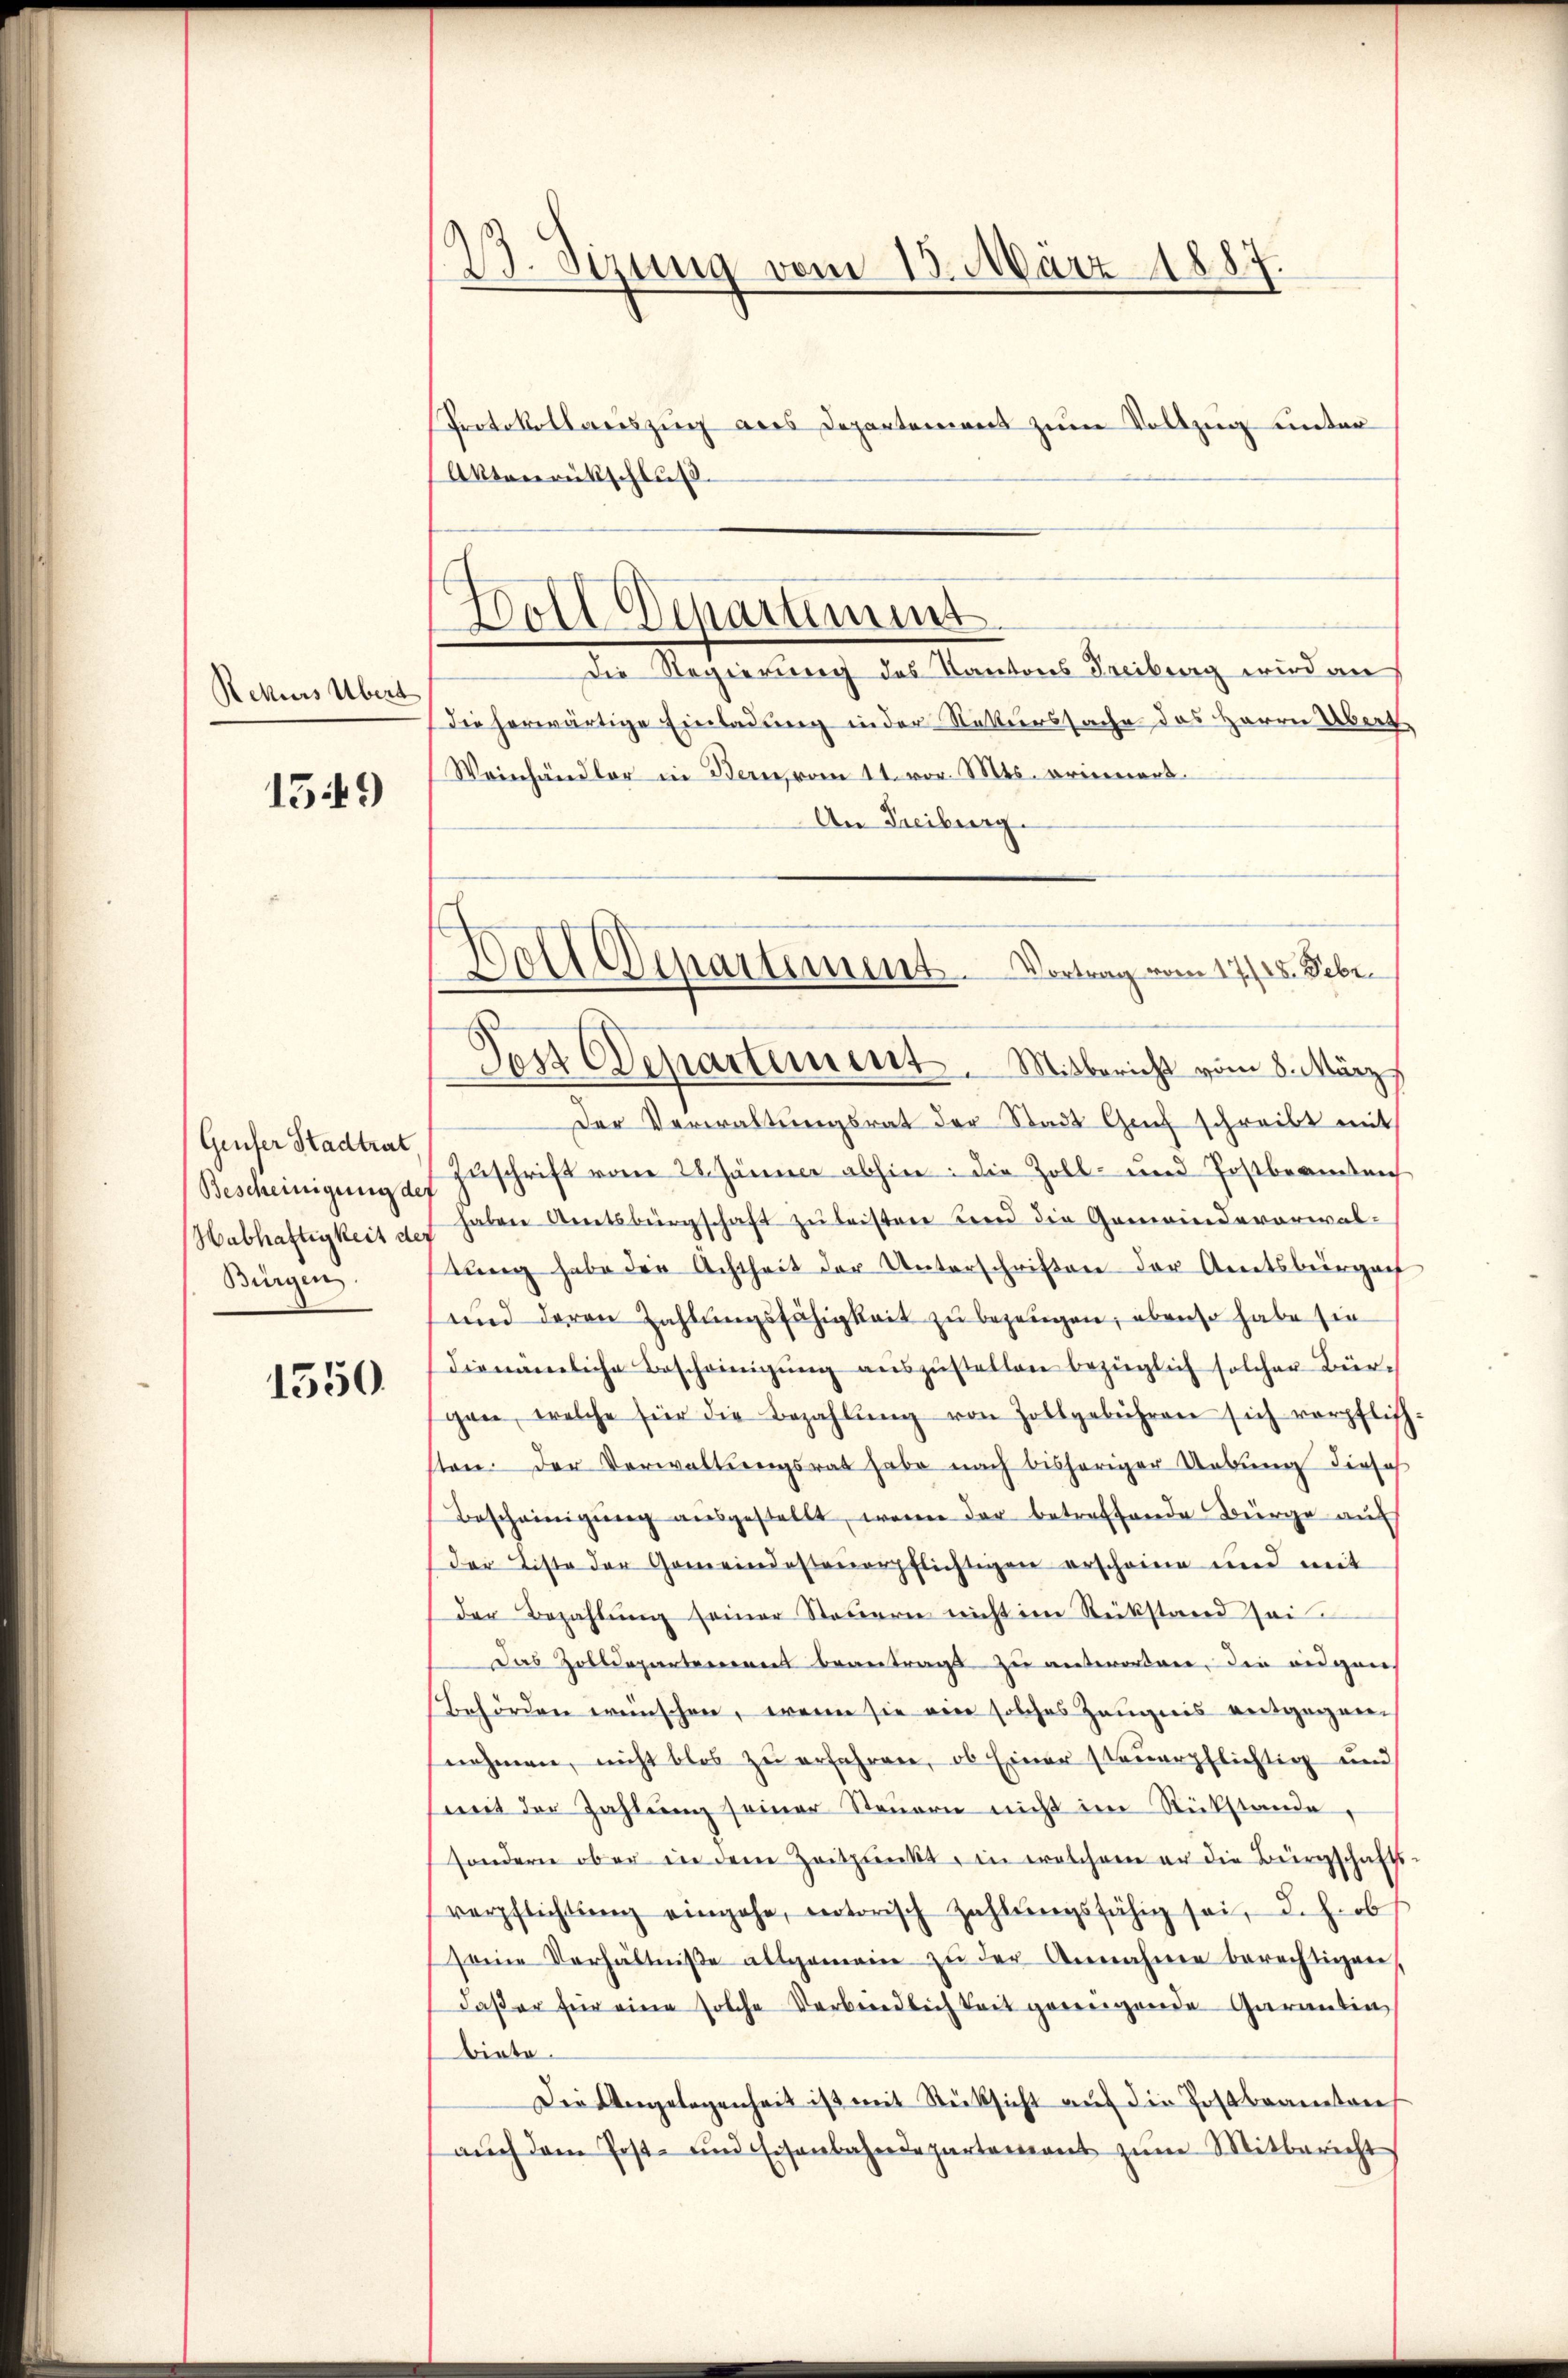
Rekurs Übert

1549

Geuser Stadtrat.
Bescheinigung des
Bürgen.

1550

13. Sizung vom 15. März 1887
¬

Protokollauszug aus Departement zum Vollzug unter
Aktverrückschluß.
Die Regierung des Kantons Freiberg wird an
Die herwärtige Einladung in der Rekurssache das Herrn Übert
Weinhändler in Bern, vom 11. vor. Mts. erinnert.
An Freiburg.
Des Departement. Mitbericht vom 8. März
Der Verwaltungsrat der Stadt Genf schreibt mit
Zuschrift vom 28. Jänner abhin: die Zoll- und Postbeamten
Habhaftigkeit u. haben Amtsbürgschaft zu leisten und die Gemeindevorwalstung habe die Achtheit der Unterschriften der Amtsbürger
und deren Zahlungsfähigkeit zu bezeugen, ebenso habe sie
dienämliche Bescheinigŭng aŭszŭstellen bezüglich solcher Bürgen, welche für die Bezahlŭng von Zollgebühren sich verpflich
sten. Der Verwaltungsrat habe nach bisheriger Uebung diese
Bescheinigung ausgestellt, wenn der betreffende Bürge auf
der Liste der Gemeindesteuerpflichtigen erscheine und mit
der Bezahlung seiner Steuern nicht im Rückstand ai
Das Zolldepartement beantragt zu unterorden, die eidgen
Behörden wünschen, wenn sie ein solches Zeugnis entgegennehmen, nicht blos zu erfahren, ob Einer steuerpflichtig und
mit der Zahlŭng seiner Steŭern nicht im Rückstände,
sondern ober in dem Zeitpunkt, in welchem er die Bürgschafts
verpflichtŭng eingehe, notorisch Zahlŭngsfähig sei, d. h. ob
seine Verhältniße allgemein zŭ der Annahme berechtigen
daß er für eine solche Verbrendlichkeit gerengende Garantin
biete.
Die Angelegenheit ist mit Rücksicht aŭf die Postbrantenf
aŭch dem Post- und Eisenbahndepartement zŭm Mitbericht

4
Doll Departement

Woll Departement. Vortrag vom 17./18. Febr.